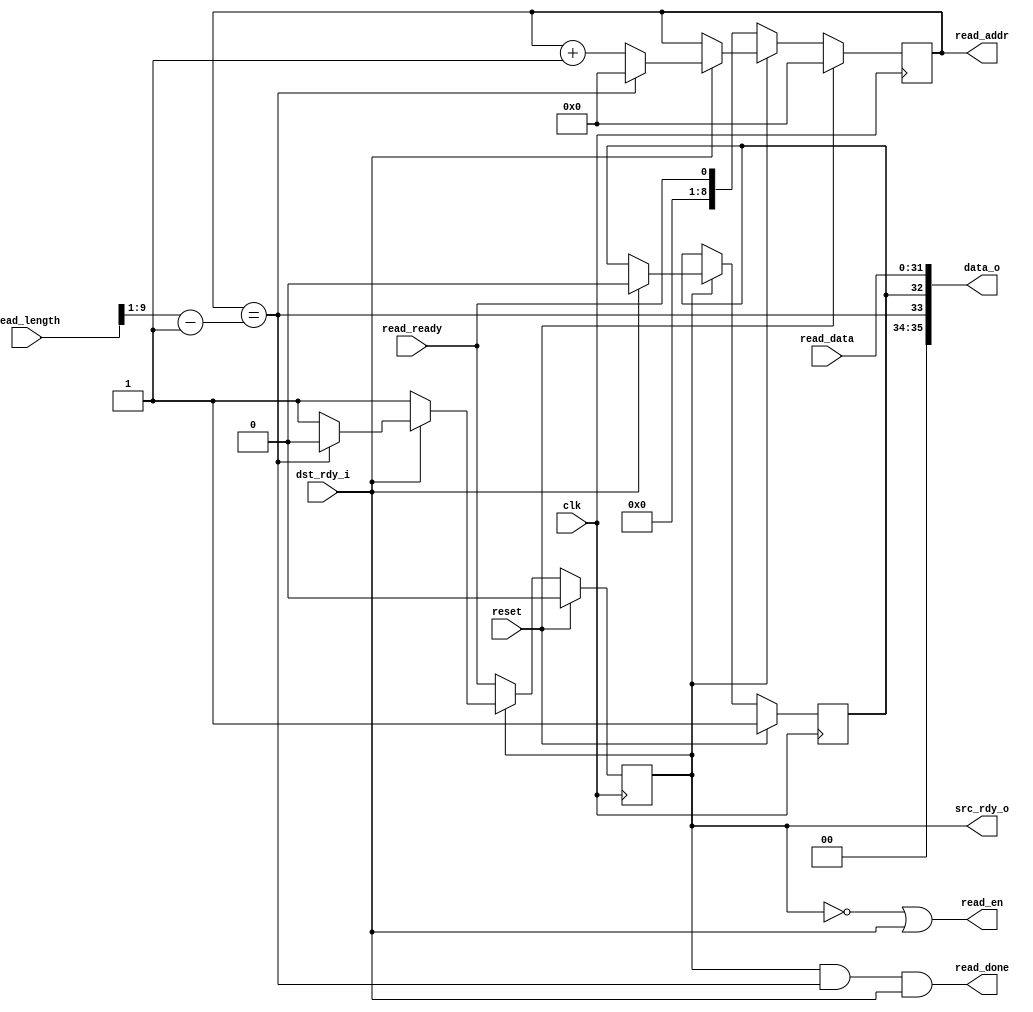


module ram_to_fifo
  (input clk, input reset,
   input [10:0] read_length,  // From the dbsm (?)
   output read_en, output reg [8:0] read_addr, input [31:0] read_data, input read_ready, output read_done,
   output [35:0] data_o, output src_rdy_o, input dst_rdy_i);

   // read_length/2 = number of 32 bit lines, numbered 0 through read_length/2-1
   wire [8:0] 	 last_line = (read_length[10:1]-1); 

   reg 		 read_phase, sop;

   assign read_en = (read_phase == 0) | dst_rdy_i;
   assign src_rdy_o = (read_phase == 1);
   
   always @(posedge clk)
     if(reset)
       begin
	  read_addr <= 0;
	  read_phase <= 0;
	  sop <= 1;
       end
     else
       if(read_phase == 0)
	 begin
	    read_addr <= read_ready;
	    read_phase <= read_ready;
	 end
       else if(dst_rdy_i)
	 begin
	    sop <= 0;
	    if(read_addr == last_line)
	      begin
		 read_addr <= 0;
		 read_phase <= 0;
	      end
	    else
	      read_addr <= read_addr + 1;
	 end
   
   assign read_done = (read_phase == 1) & (read_addr == last_line) & dst_rdy_i;
   wire eop = (read_addr == last_line);
   assign data_o = { 2'b00, eop, sop, read_data };
   
endmodule // ram_to_fifo